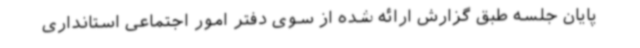
پایان جلسه طبق گزارش ارائه شده از سوی دفتر امور اجتماعی استانداری